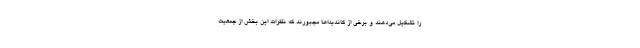
را تشکیل می‌دهند و برخی از کاندیداها مجبورند که نظرات این بخش از جمعیت